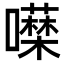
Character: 𭌖